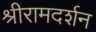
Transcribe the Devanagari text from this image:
श्रीरामदर्शन